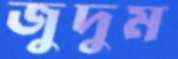
জুদুম